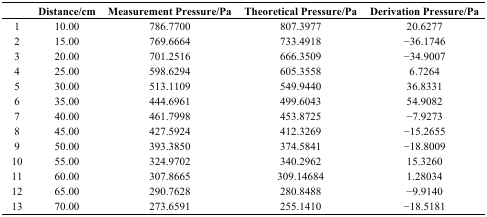
<table><thead><tr><td></td><td><b>Distance/cm</b></td><td><b>Measurement Pressure/Pa</b></td><td><b>Theoretical Pressure/Pa</b></td><td><b>Derivation Pressure/Pa</b></td></tr></thead><tbody><tr><td>1</td><td>10.00</td><td>786.7700</td><td>807.3977</td><td>20.6277</td></tr><tr><td>2</td><td>15.00</td><td>769.6664</td><td>733.4918</td><td>−36.1746</td></tr><tr><td>3</td><td>20.00</td><td>701.2516</td><td>666.3509</td><td>−34.9007</td></tr><tr><td>4</td><td>25.00</td><td>598.6294</td><td>605.3558</td><td>6.7264</td></tr><tr><td>5</td><td>30.00</td><td>513.1109</td><td>549.9440</td><td>36.8331</td></tr><tr><td>6</td><td>35.00</td><td>444.6961</td><td>499.6043</td><td>54.9082</td></tr><tr><td>7</td><td>40.00</td><td>461.7998</td><td>453.8725</td><td>−7.9273</td></tr><tr><td>8</td><td>45.00</td><td>427.5924</td><td>412.3269</td><td>−15.2655</td></tr><tr><td>9</td><td>50.00</td><td>393.3850</td><td>374.5841</td><td>−18.8009</td></tr><tr><td>10</td><td>55.00</td><td>324.9702</td><td>340.2962</td><td>15.3260</td></tr><tr><td>11</td><td>60.00</td><td>307.8665</td><td>309.14684</td><td>1.28034</td></tr><tr><td>12</td><td>65.00</td><td>290.7628</td><td>280.8488</td><td>−9.9140</td></tr><tr><td>13</td><td>70.00</td><td>273.6591</td><td>255.1410</td><td>−18.5181</td></tr></tbody></table>